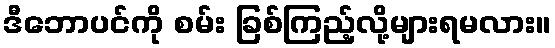
ဒီဘောပင်ကို စမ်း ခြစ်ကြည့်လို့များရမလား။